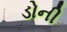
ડોની